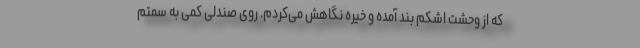
که از وحشت اشکم بند آمده و خیره نگاهش می‌کردم. روی صندلی کمی به سمتم